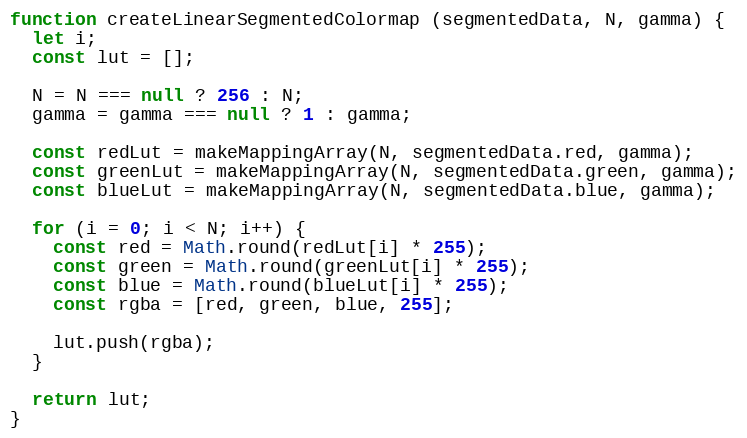
Language: JavaScript
function createLinearSegmentedColormap (segmentedData, N, gamma) {
  let i;
  const lut = [];

  N = N === null ? 256 : N;
  gamma = gamma === null ? 1 : gamma;

  const redLut = makeMappingArray(N, segmentedData.red, gamma);
  const greenLut = makeMappingArray(N, segmentedData.green, gamma);
  const blueLut = makeMappingArray(N, segmentedData.blue, gamma);

  for (i = 0; i < N; i++) {
    const red = Math.round(redLut[i] * 255);
    const green = Math.round(greenLut[i] * 255);
    const blue = Math.round(blueLut[i] * 255);
    const rgba = [red, green, blue, 255];

    lut.push(rgba);
  }

  return lut;
}